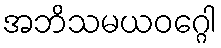
အဘိသမယဝဂ္ဂေါ